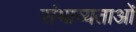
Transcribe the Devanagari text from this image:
संभाव्यताओं